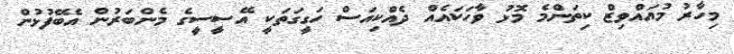
މިހާރު މުއައްވިޒް ކިތަންމެ މޮޅު ވާހަކައެއް ދެއްކިއަސް ހަގީގަތަކީ އޭސީސީގެ މެންބަރުން އެބޭފުޅުން